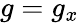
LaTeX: g=g_{x}